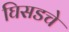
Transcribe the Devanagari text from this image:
घिसडचे